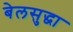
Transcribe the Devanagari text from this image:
बेलसुद्धा